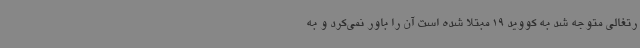
رتغالی متوجه شد به کووید 19 مبتلا شده است آن را باور نمی‌کرد و به